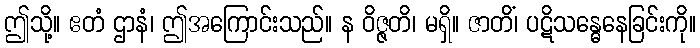
ဤသို့။ ဧတံ ဌာနံ၊ ဤအကြောင်းသည်။ န ဝိဇ္ဇတိ၊ မရှိ။ ဇာတိံ၊ ပဋိသန္ဓေနေခြင်းကို။